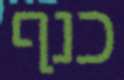
כנף